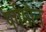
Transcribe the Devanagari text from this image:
पर्गमौन